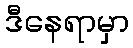
ဒီနေရာမှာ